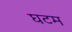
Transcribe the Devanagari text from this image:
घटम